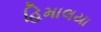
હિમાલયા